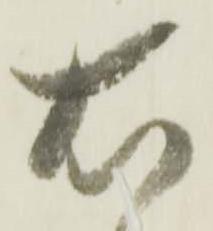
右